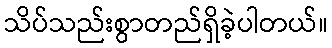
သိပ်သည်းစွာတည်ရှိခဲ့ပါတယ်။